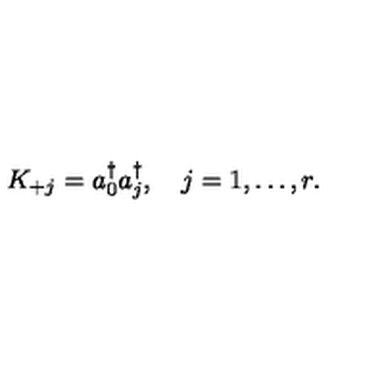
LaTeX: K _ { + j } = a _ { 0 } ^ { \dagger } a _ { j } ^ { \dagger } , \quad j = 1 , \ldots , r .